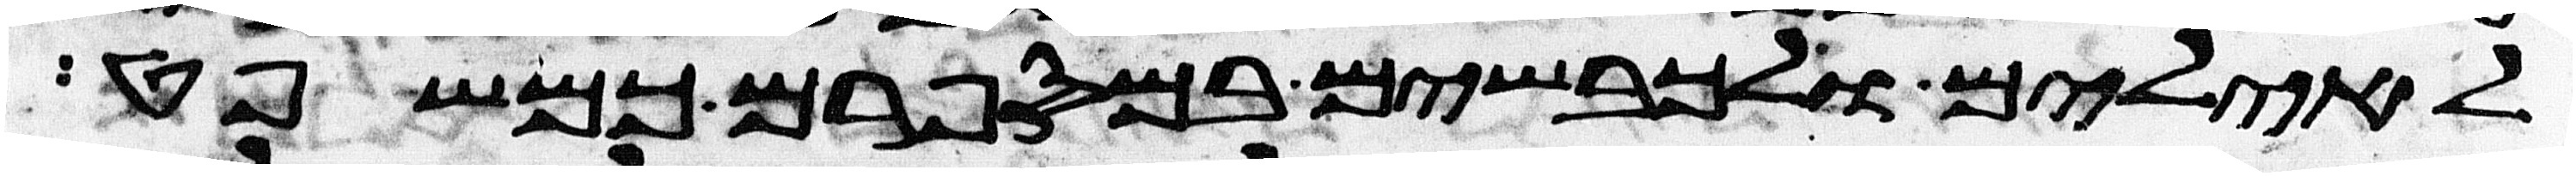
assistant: לאילים ולכבשים במספרם כמשפט